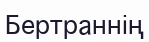
Бертраннің